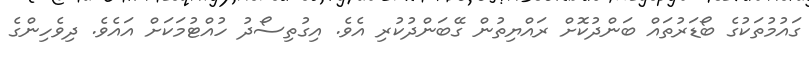
ގައުމުތަކުގެ ބޯޑަރުތައް ބަންދުކޮށް ރައްޔިތުން ގޭބަންދުކުރި އެވެ. އިގުތިސޯދު ހުއްޓުމަކަށް އައެވެ. ދިވެހިންގެ